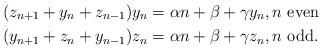
LaTeX: \begin{align*}(z_{n+1}+y_n+z_{n-1})y_n &= {\alpha n + \beta + \gamma y_n}, n \textrm{ even}\\(y_{n+1}+z_n+y_{n-1})z_n &= {\alpha n + \beta + \gamma z_n}, n \textrm{ odd}.\end{align*}